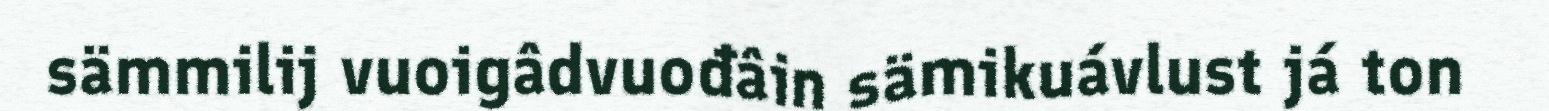
sämmilij vuoigâdvuođâin sämikuávlust já ton